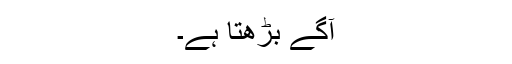
آگے بڑھتا ہے۔